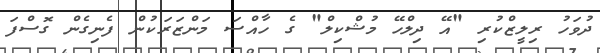
ދުވަހު ރިލީޒްކުރި "އޭ ދިލްހޭ މުޝްކިލް" ގެ ހާއްސަ މަންޒަރަކުން ފެނިގެން ގޮސްފަ